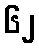
၆၂